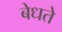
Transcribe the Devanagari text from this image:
बेधते